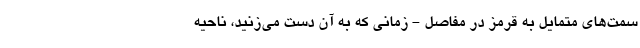
سمت‌های متمایل به قرمز در مفاصل - زمانی که به آن دست می‌زنید، ناحیه